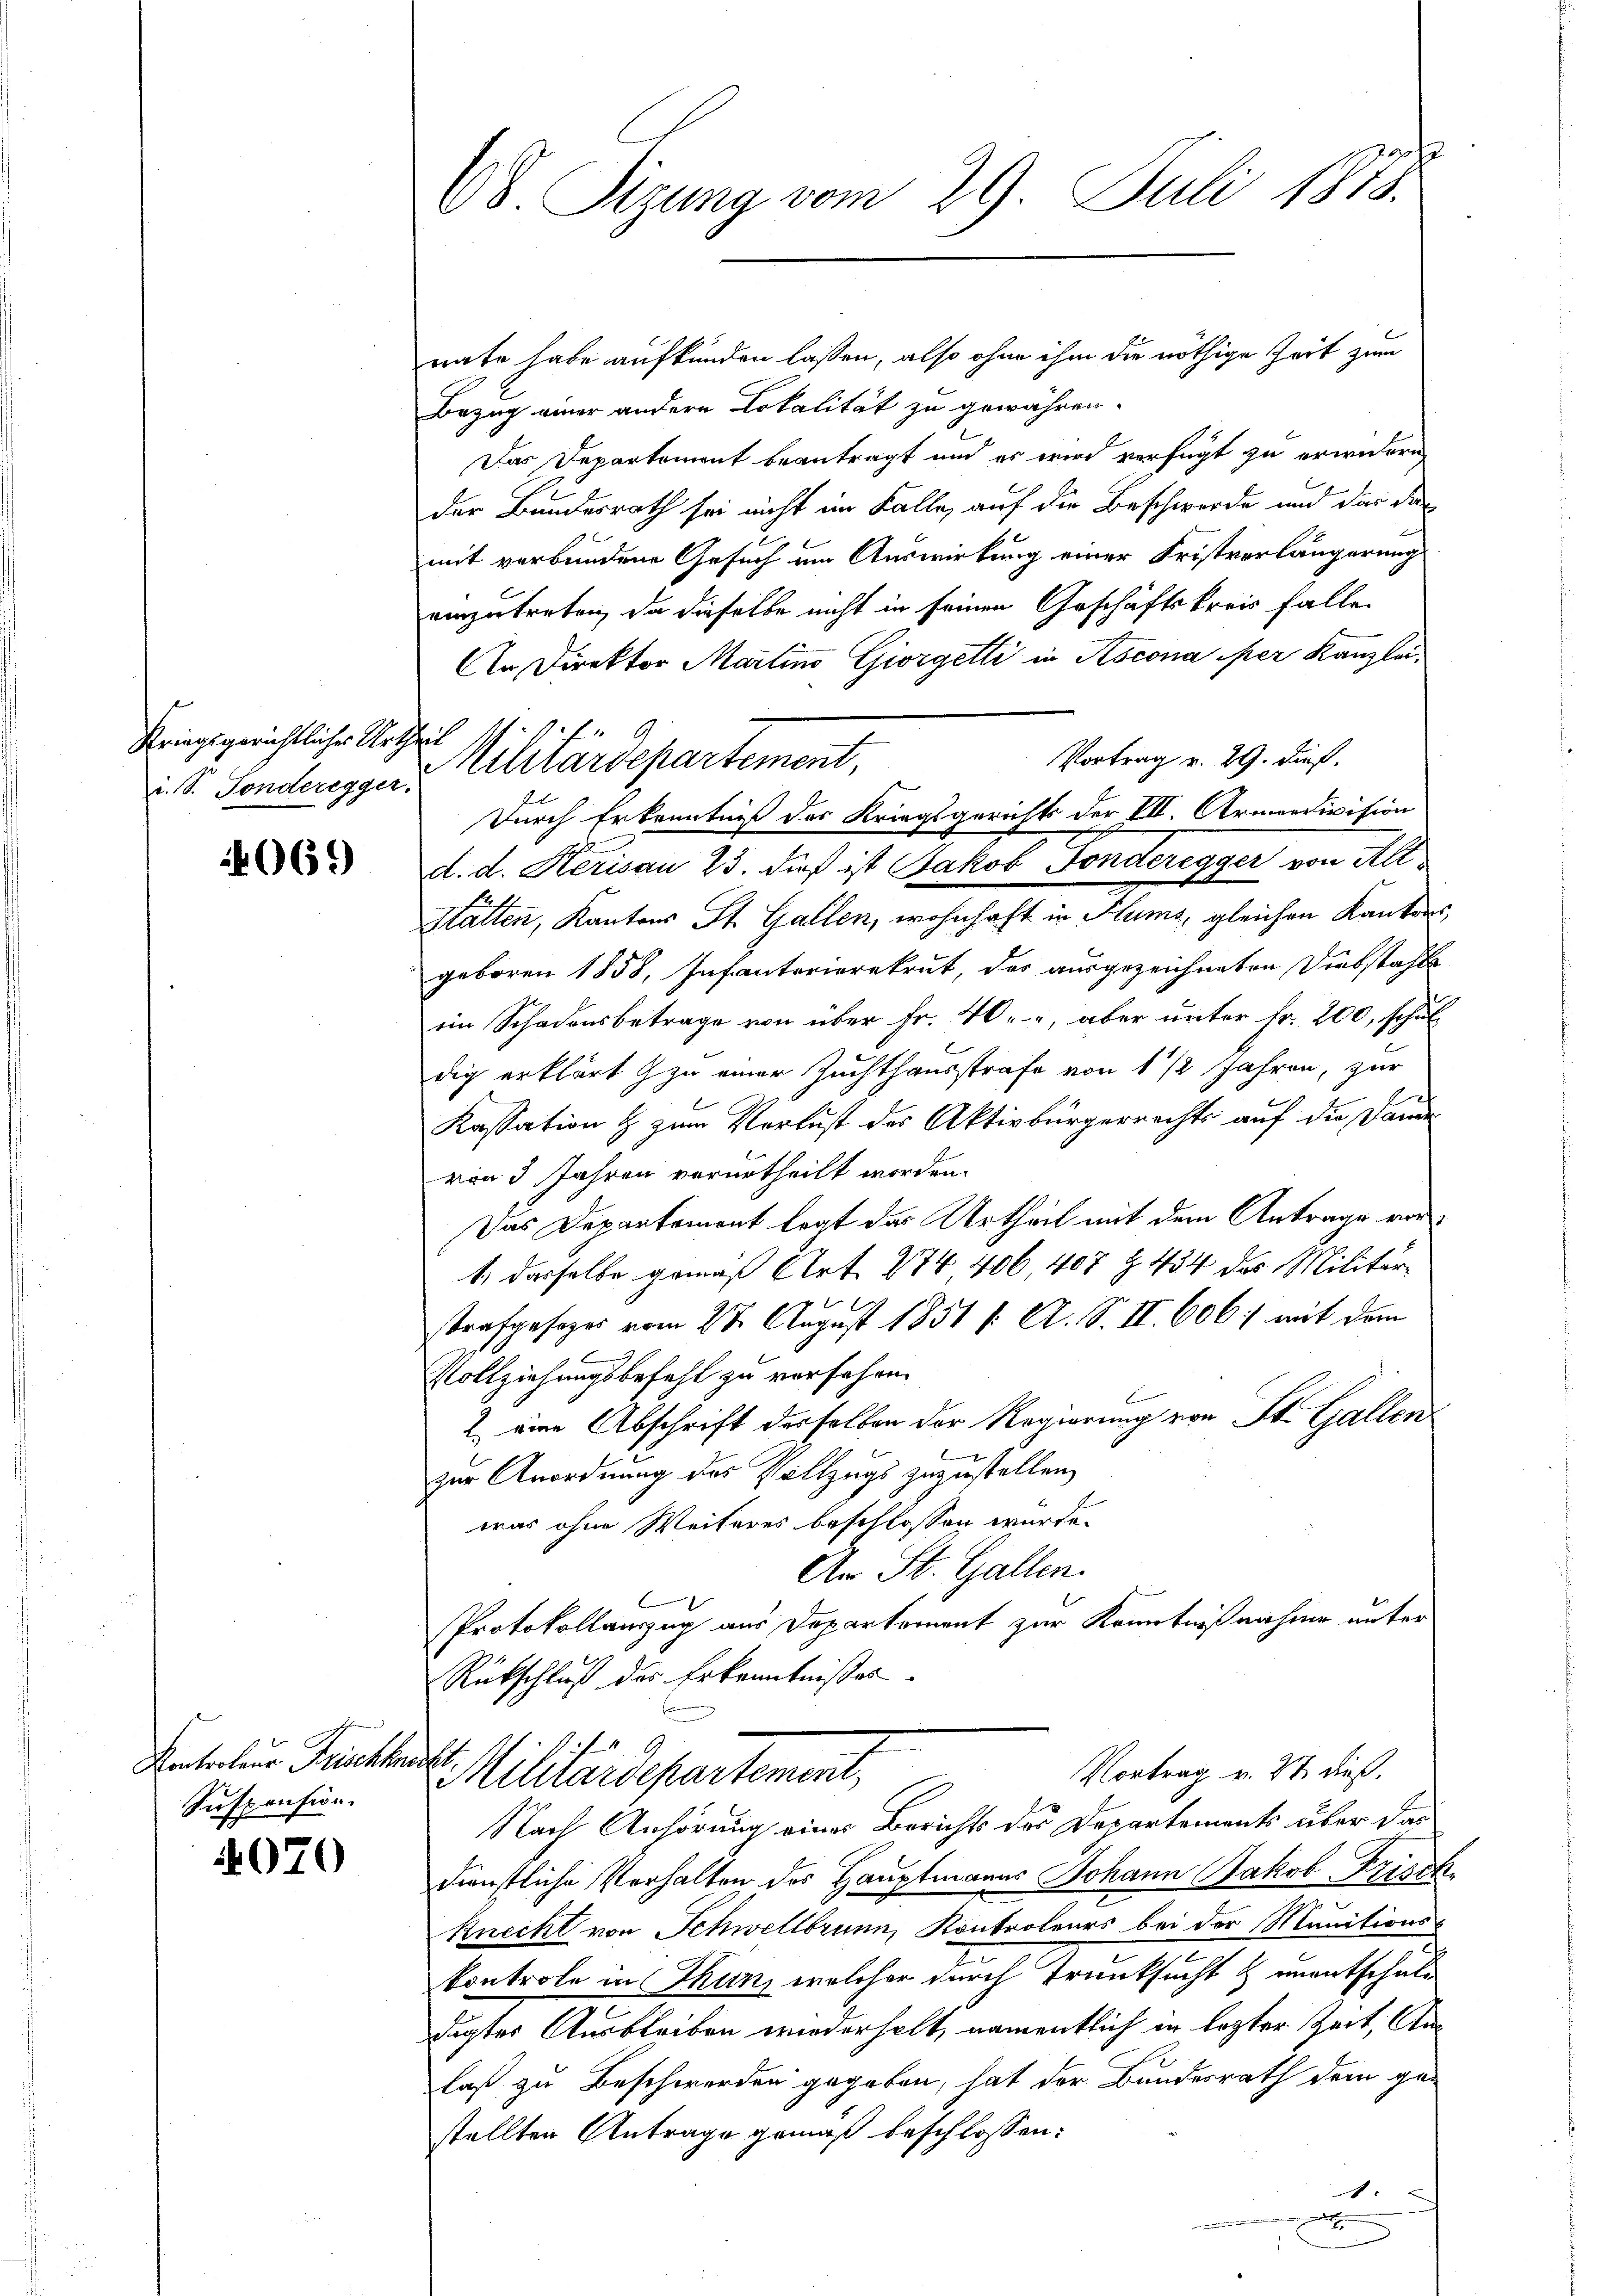
Kriegsgerichtliches Urth
r. S. Sonderegger.

4069

Kontroleur Frischher
Suspension.

070

68. Sitzung vom 29. Juli 1873.

be
Militärdepartement,
Durch Erkenntniß des Kriegsgerichts der VII. Armendivision

nate habe aufkünden lassen, also ohne ihm die nöthige Zeit zum
Bezug einer andere Lokalität zu gewähren.
Das Departement beantragt und es wird verfügt zu erwidern
der Bundesrath sei nicht im Falle, auf die Beschwerde und der die
mit verbundene Gesuch um Auswirkung einer Fristverlängerung
einzutreten, da dieselbe nicht in seinen Geschäftskreis falle
An Direktor Martino Giorgetti in Ascona per Kanzlei-
Vortrag v. 29. dieß.
d. d. Herisau 23. dieß ist Jakob Fonderegger von All
Hätten, Kantons St. Gallen, wohnhaft in Stums, gleichen Kantons,
geboren 1858, Infanterierekrut, das ausgezeichneten Diebstachte
ein Schadensbetrage von über Fr. 40, aber unter Fr. 200, schuldig erklärt zu einer Zuchthausstrafe von 1/2 Jahren, zur
Kassation & zum Verlust der Aktivbürgerrechts auf die Sande
von 3 Jahren verurtheilt worden.
Das Departement legt das Urtheil mit dem Antrage vor
1., dasselbe gemäß Art. 274 406, 407 § 454 des Militär¬
.
strafgesezes vom 28. August 1851 /: A. S. II. 606 mit dem
Vollziehungsbefehl zu versehen.
2 eine Abschrift derselben der Regierung von St. Gallenl
zur Anordnung des Vollzugs zuzustellen,
was ohne Weiteres beschlossen würde.
An St. Gallen.
Protokollauszug aus Departement zur Kenntnißnahme unter
Rückschluß des Erkenntnißes

d
Vortrag v. 27. dieß,
Militärdepartement,

Nach Anhörung einer Berichts der Departements über das
dienstliche Verhalten des Hauptmanns Johann Jakob Frisch.
Knecht von Schwellbrunn, Kontroleurs bei der Manitions-
kontrole in Thun, welcher durch Trunksucht & unentschuldigtes Ausbleiben wiederholt, namentlich in lezter Zeit, Anlaß zu Beschwerden gegeben, hat der Bundesrath dem ge-
stellten Antrage gemäß beschlossen:

e